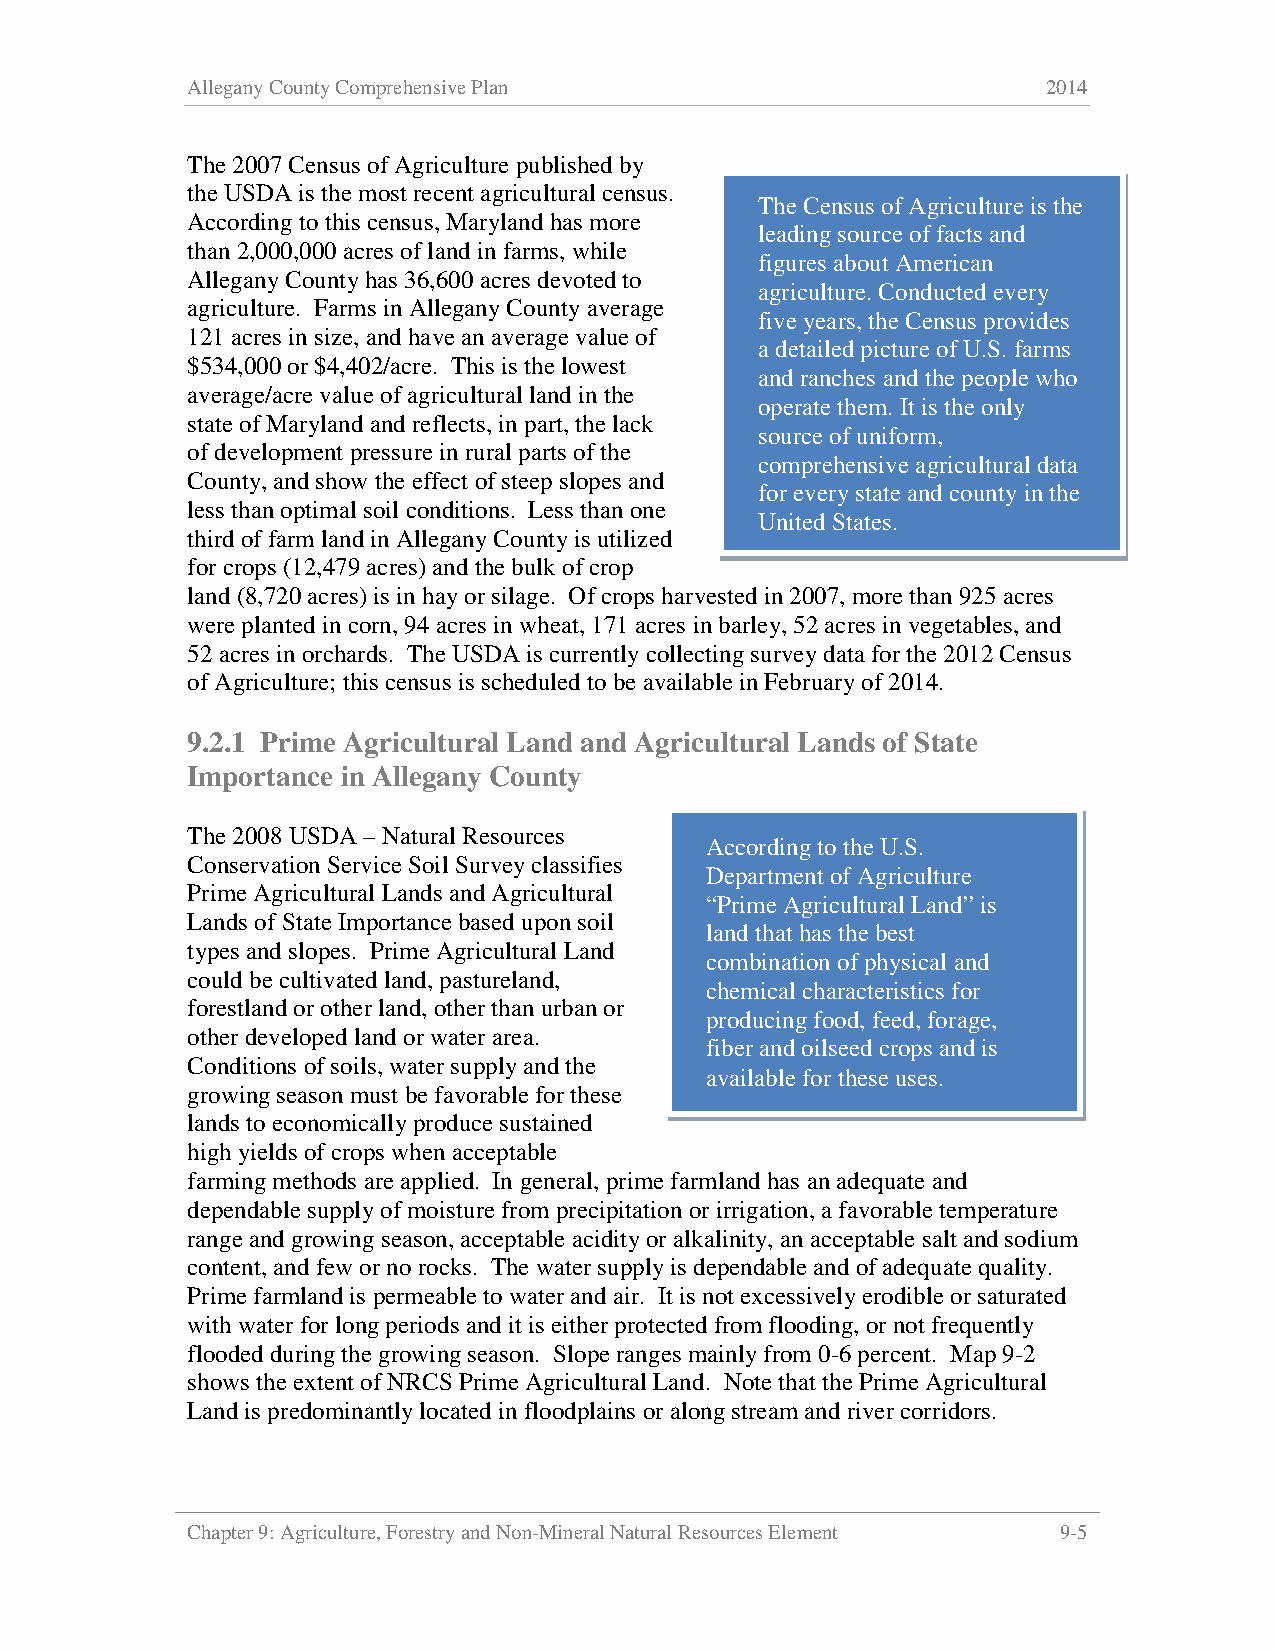
Allegany County Comprehensive Plan                       2014
 The 2007 Census of Agriculture published by
 the USDA is the most recent agricultural census.
 The Census of Agriculture is the
 According to this census, Maryland has more
 leading source of facts and
 than 2,000,000 acres of land in farms, while
 figures about American
 Allegany County has 36,600 acres devoted to
 agriculture. Conducted every
 agriculture. Farms in Allegany County average
 five years, the Census provides
 121 acres in size, and have an average value of
 a detailed picture of U.S. farms
 $534,000 or $4,402/acre. This is the lowest
 and ranches and the people who
 average/acre value of agricultural land in the
 operate them. It is the only
 state of Maryland and reflects, in part, the lack
 source of uniform,
 of development pressure in rural parts of the
 comprehensive agricultural data
 County, and show the effect of steep slopes and
 for every state and county in the
 less than optimal soil conditions. Less than one
 United States.
 third of farm land in Allegany County is utilized
 for crops (12,479 acres) and the bulk of crop
 land (8,720 acres) is in hay or silage. Of crops harvested in 2007, more than 925 acres
 were planted in corn, 94 acres in wheat, 171 acres in barley, 52 acres in vegetables, and
 52 acres in orchards. The USDA is currently collecting survey data for the 2012 Census
 of Agriculture; this census is scheduled to be available in February of 2014.
 9.2.1 Prime Agricultural Land and Agricultural Lands of State
 Importance in Allegany County
 The 2008 USDA – Natural Resources
 According to the U.S.
 Conservation Service Soil Survey classifies
 Department of Agriculture
 Prime Agricultural Lands and Agricultural
 “Prime Agricultural Land” is
 Lands of State Importance based upon soil
 land that has the best
 types and slopes. Prime Agricultural Land
 combination of physical and
 could be cultivated land, pastureland,
 chemical characteristics for
 forestland or other land, other than urban or
 producing food, feed, forage,
 other developed land or water area.
 fiber and oilseed crops and is
 Conditions of soils, water supply and the
 available for these uses.
 growing season must be favorable for these
 lands to economically produce sustained
 high yields of crops when acceptable
 farming methods are applied. In general, prime farmland has an adequate and
 dependable supply of moisture from precipitation or irrigation, a favorable temperature
 range and growing season, acceptable acidity or alkalinity, an acceptable salt and sodium
 content, and few or no rocks. The water supply is dependable and of adequate quality.
 Prime farmland is permeable to water and air. It is not excessively erodible or saturated
 with water for long periods and it is either protected from flooding, or not frequently
 flooded during the growing season. Slope ranges mainly from 0-6 percent. Map 9-2
 shows the extent of NRCS Prime Agricultural Land. Note that the Prime Agricultural
 Land is predominantly located in floodplains or along stream and river corridors.
 Chapter 9: Agriculture, Forestry and Non-Mineral Natural Resources Element 9-5